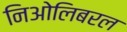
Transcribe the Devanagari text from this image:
निओलिबरल